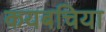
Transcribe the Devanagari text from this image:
कयबचिया